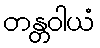
တန္တဝါယံ